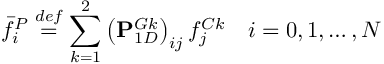
\bar { f } _ { i } ^ { P } \overset { d e f } { = } \sum _ { k = 1 } ^ { 2 } \left( \mathbf { P } _ { 1 D } ^ { G k } \right) _ { i j } f _ { j } ^ { C k } \quad i = 0 , 1 , \ldots , N